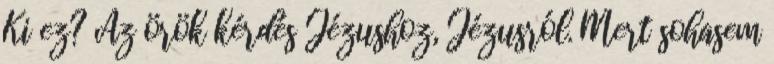
Ki ez? Az örök kérdés Jézushoz, Jézusról. Mert sohasem